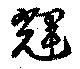
輝